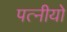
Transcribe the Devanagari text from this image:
पत्नीयो